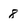
Character: 8